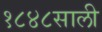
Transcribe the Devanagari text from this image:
१८४८साली